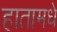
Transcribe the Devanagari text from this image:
हातामधे